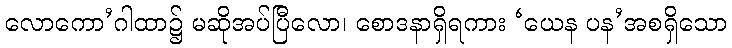
လောကော’ဂါထာ၌ မဆိုအပ်ပြီလော၊ စောဒနာရှိရကား ‘ယေန ပန’အစရှိသော